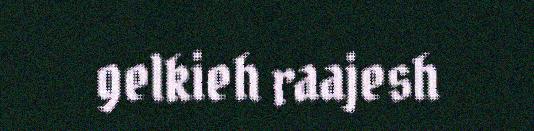
gelkieh raajesh